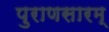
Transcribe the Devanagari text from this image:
पुराणसारम्